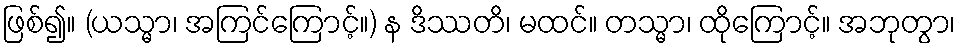
ဖြစ်၍။ (ယသ္မာ၊ အကြင်ကြောင့်။) န ဒိဿတိ၊ မထင်။ တသ္မာ၊ ထိုကြောင့်။ အဘုတွာ၊